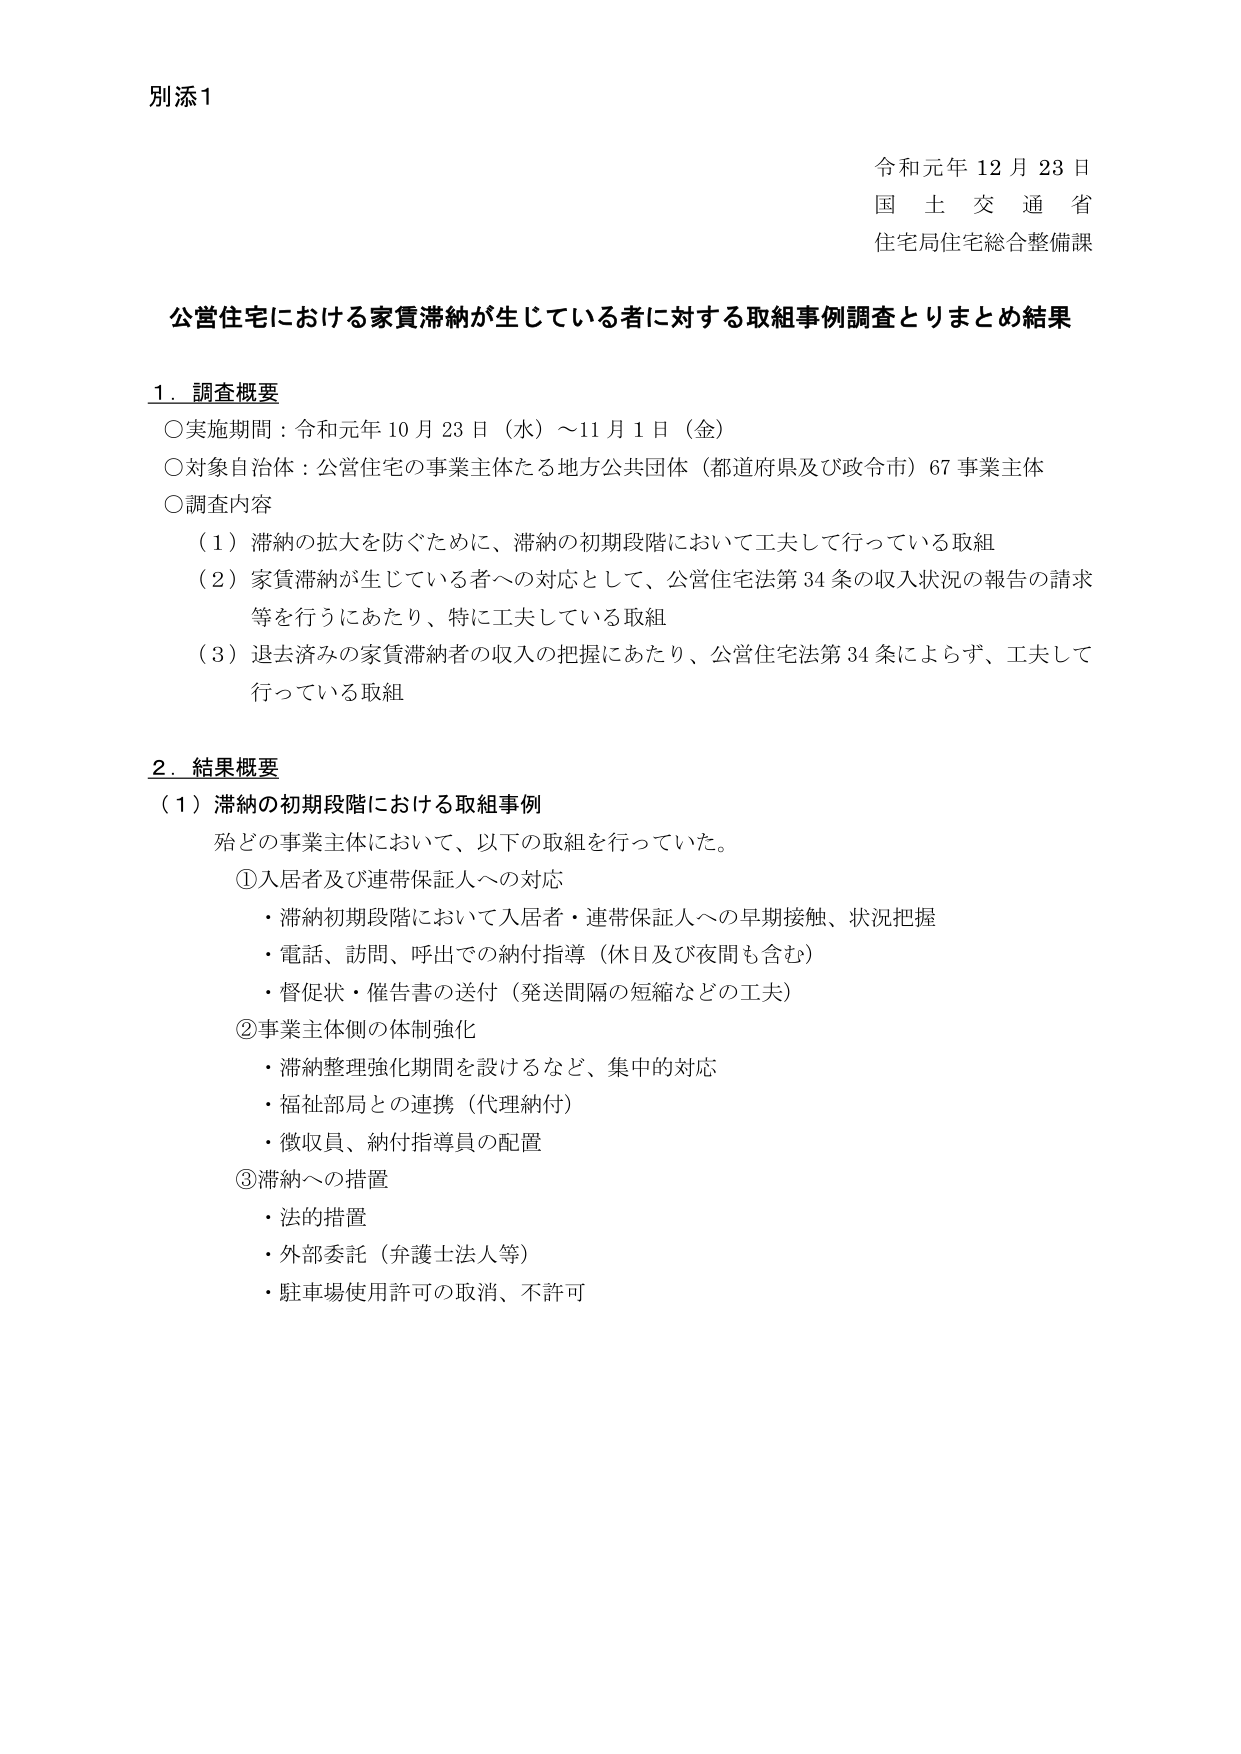
別添1

令和元年12月23日
国土交通省
住宅局住宅総合整備課

公営住宅における家賃滞納が生じている者に対する取組事例調査とりまとめ結果

1．調査概要
○実施期間：令和元年10月23日（水）～11月1日（金）
○対象自治体：公営住宅の事業主体たる地方公共団体（都道府県及び政令市）67事業主体
○調査内容
（1）滞納の拡大を防ぐために、滞納の初期段階において工夫して行っている取組
（2）家賃滞納が生じている者への対応として、公営住宅法第34条の収入状況の報告の請求等を行うにあたり、特に工夫している取組
（3）退去済みの家賃滞納者の収入の把握にあたり、公営住宅法第34条によらず、工夫して行っている取組

2．結果概要
（1）滞納の初期段階における取組事例
殆どの事業主体において、以下の取組を行っていた。
①入居者及び連帯保証人への対応
・滞納初期段階において入居者・連帯保証人への早期接触、状況把握
・電話、訪問、呼出での納付指導（休日及び夜間も含む）
・督促状・催告書の送付（発送間隔の短縮などの工夫）
②事業主体側の体制強化
・滞納整理強化期間を設けるなど、集中的対応
・福祉部局との連携（代理納付）
・徴収員、納付指導員の配置
③滞納への措置
・法的措置
・外部委託（弁護士法人等）
・駐車場使用許可の取消、不許可